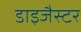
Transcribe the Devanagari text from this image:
डाइजैस्टर